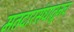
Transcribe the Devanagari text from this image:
मतदारसंघातूनच